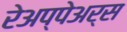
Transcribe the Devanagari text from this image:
रेअप्पेअर्स